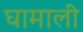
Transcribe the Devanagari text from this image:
घामाली